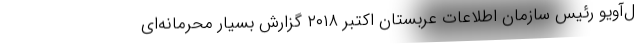
ل‌آویو رئیس سازمان اطلاعات عربستان اکتبر ۲۰۱۸ گزارش بسیار محرمانه‌ای